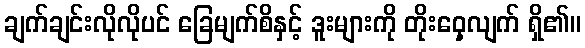
ချက်ချင်းလိုလိုပင် ခြေမျက်စိနှင့် ဒူးများကို တိုးဝှေ့လျက် ရှိ၏။